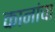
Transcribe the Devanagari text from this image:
कानांचा